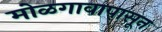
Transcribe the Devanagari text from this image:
मोळगावापासून